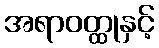
အရာဝတ္ထုနှင့်